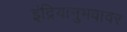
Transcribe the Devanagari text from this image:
इंद्रियानुभवावर